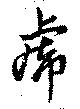
虎